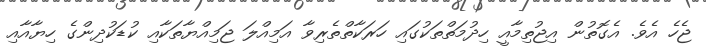
ޖެހެ އެވެ. އެގޮތުން އިޖުތިމާއީ ހިދުމަތްތަކުގައި ހަރަކާތްތެރިވާ އަމިއްލަ ޖަމިއްޔާތަކާއި ކުޑަކުދިންގެ ހިޔާއާއި